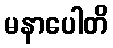
မနာပေါတိ